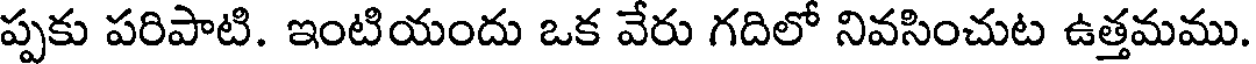
ప్పకు పరిపాటి. ఇంటియందు ఒక వేరు గదిలో నివసించుట ఉత్తమము.